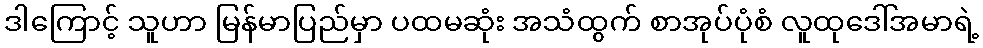
ဒါကြောင့် သူဟာ မြန်မာပြည်မှာ ပထမဆုံး အသံထွက် စာအုပ်ပုံစံ လူထုဒေါ်အမာရဲ့